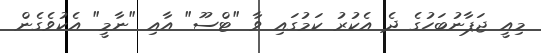
މިއީ ޖަޕާނުބަހުގެ ދެ އެކުރު ކަމުގައި ވާ "ޓްސޫ" އާއި "ނާމީ" އެކުވެގެން